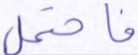
فاحتمل